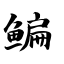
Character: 鳊